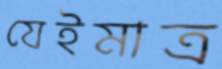
যেইমাত্র